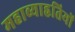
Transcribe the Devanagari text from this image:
महाव्याहृतियों